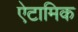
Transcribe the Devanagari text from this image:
ऐटामिक